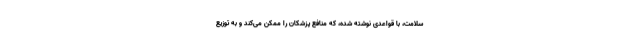
سلامت، با قواعدی نوشته شده، که منافع پزشکان را ممکن می‌کند و به توزیع